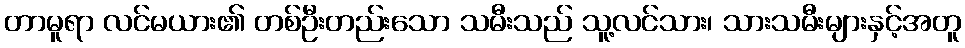
တာမူရာ လင်မယား၏ တစ်ဦးတည်းသော သမီးသည် သူ့လင်သား၊ သားသမီးများနှင့်အတူ